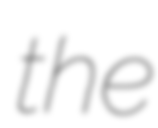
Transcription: the